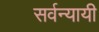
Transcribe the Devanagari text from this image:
सर्वन्यायी